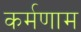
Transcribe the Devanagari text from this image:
कर्मणाम